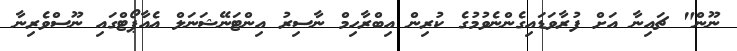
ނޫން" ޗައިނާ އަށް ފުރާވަޑައިގެންނެވުމުގެ ކުރިން އިބްރާހިމް ނާސިރު އިންޓަނޭޝަނަލް އެއާޕޯޓްގައި ނޫސްވެރިނާ